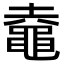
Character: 鼀